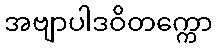
အဗျာပါဒဝိတက္ကော